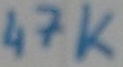
Text: 47K